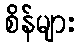
စိန်များ